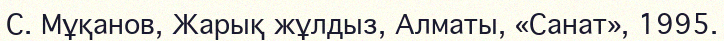
С. Мұқанов, Жарық жұлдыз, Алматы, «Санат», 1995.